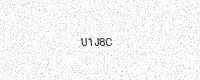
Text: U1J8C